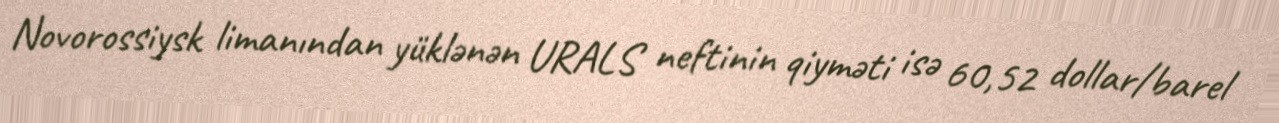
Novorossiysk limanından yüklənən URALS neftinin qiyməti isə 60,52 dollar/barel